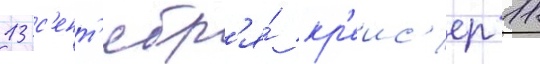
13 с'ент'ябр'я́ кр'еис'ер 11